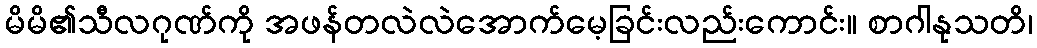
မိမိ၏သီလဂုဏ်ကို အဖန်တလဲလဲအောက်မေ့ခြင်းလည်းကောင်း။ စာဂါနုသတိ၊